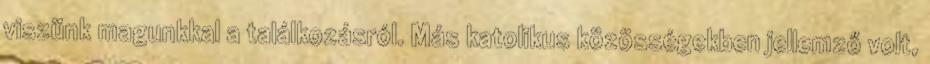
viszünk magunkkal a találkozásról. Más katolikus közösségekben jellemző volt,